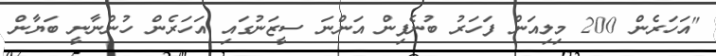
"އަހަރެން 200 މިލިއަން ފަހަރު ބުނެފިން އަންނަ ސީޒަނުގައި އަހަރެން ހުންނާނީ ބަޔާން